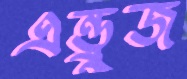
এন্ড্রুজ